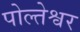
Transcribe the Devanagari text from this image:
पोल्तेश्वर